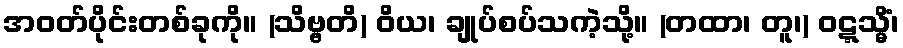
အဝတ်ပိုင်းတစ်ခုကို။ (သိဗ္ဗတိ) ဝိယ၊ ချုပ်စပ်သကဲ့သို့။ (တထာ၊ တူ၊) ဝဋ္ဋသ္မိံ၊